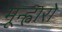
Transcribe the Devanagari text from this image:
मून्ह्वारो